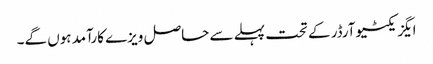
ایگزیکٹیوآرڈر کے تحت پہلے سے حاصل ویزے کارآمد ہوں گے۔